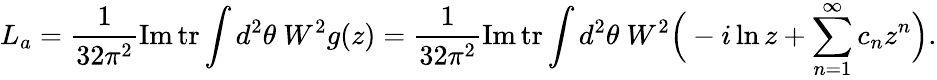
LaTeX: L_{a}=\frac{1}{32\pi^{2}}\mathrm{Im}\, \mathrm{tr}\int d^{2}\theta\ W^{2}g(z)=\frac{1}{32\pi^{2}}\mathrm{Im}\, \mathrm{tr}\int d^{2}\theta\ W^{2}\Big(-i\ln z+\sum_{n=1}^{\infty}c_{n}z^{n}\Big).